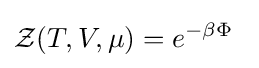
{\mathcal {Z}}(T,V,\mu )=e^{-\beta \Phi }\,\;